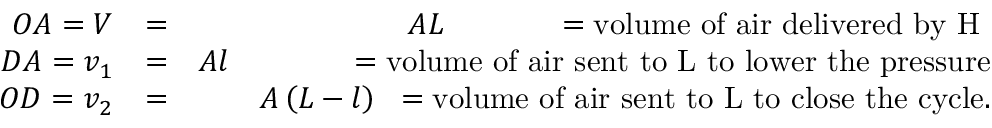
\begin{array} { r l r } { O A = V } & { = } & { A L \mathrm { \phantom { ~ \left( L - l \right) ~ } } = \mathrm { v o l u m e ~ o f ~ a i r ~ d e l i v e r e d ~ b y ~ \cal { H } ~ } } \\ { D A = v _ { 1 } } & { = } & { A l \mathrm { \phantom { ~ \left( L - l \right) ~ } } \; = \mathrm { v o l u m e ~ o f ~ a i r ~ s e n t ~ t o ~ { \cal { L } } ~ t o ~ l o w e r ~ t h e ~ p r e s s u r e } } \\ { O D = v _ { 2 } } & { = } & { A \left( L - l \right) \; \; = \mathrm { v o l u m e ~ o f ~ a i r ~ s e n t ~ t o ~ { \cal { L } } ~ t o ~ c l o s e ~ t h e ~ c y c l e . } } \end{array}